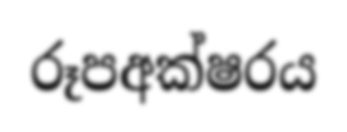
රූපඅක්ෂරය